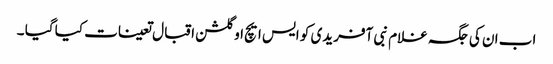
اب ان کی جگہ غلام نبی آفریدی کو ایس ایچ او گلشن اقبال تعینات کیا گیا ۔